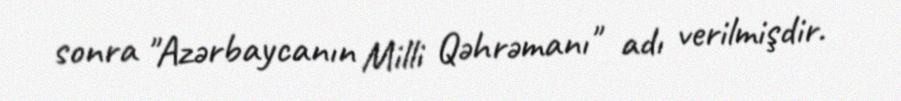
sonra "Azərbaycanın Milli Qəhrəmanı" adı verilmişdir.